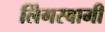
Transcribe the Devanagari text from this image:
लिंगस्वामी